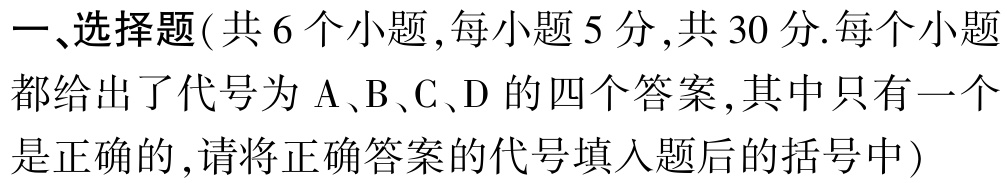
一、选择题(共 6 个小题,每小题 5 分,共 30 分.每个小题都给出了代号为 A、B、C、D 的四个答案,其中只有一个是正确的,请将正确答案的代号填入题后的括号中)